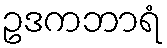
ဥဒကဘာရံ